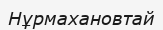
Нұрмахановтай